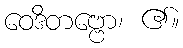
ဝေဒိတဗ္ဗော၊ ၏။